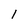
Character: 1